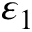
\varepsilon _ { 1 }